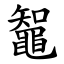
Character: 鼅